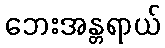
ဘေးအန္တရာယ်